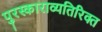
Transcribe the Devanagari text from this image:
पुरस्काराव्यतिरिक्त